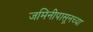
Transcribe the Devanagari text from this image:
जमिनीपासूनच्या